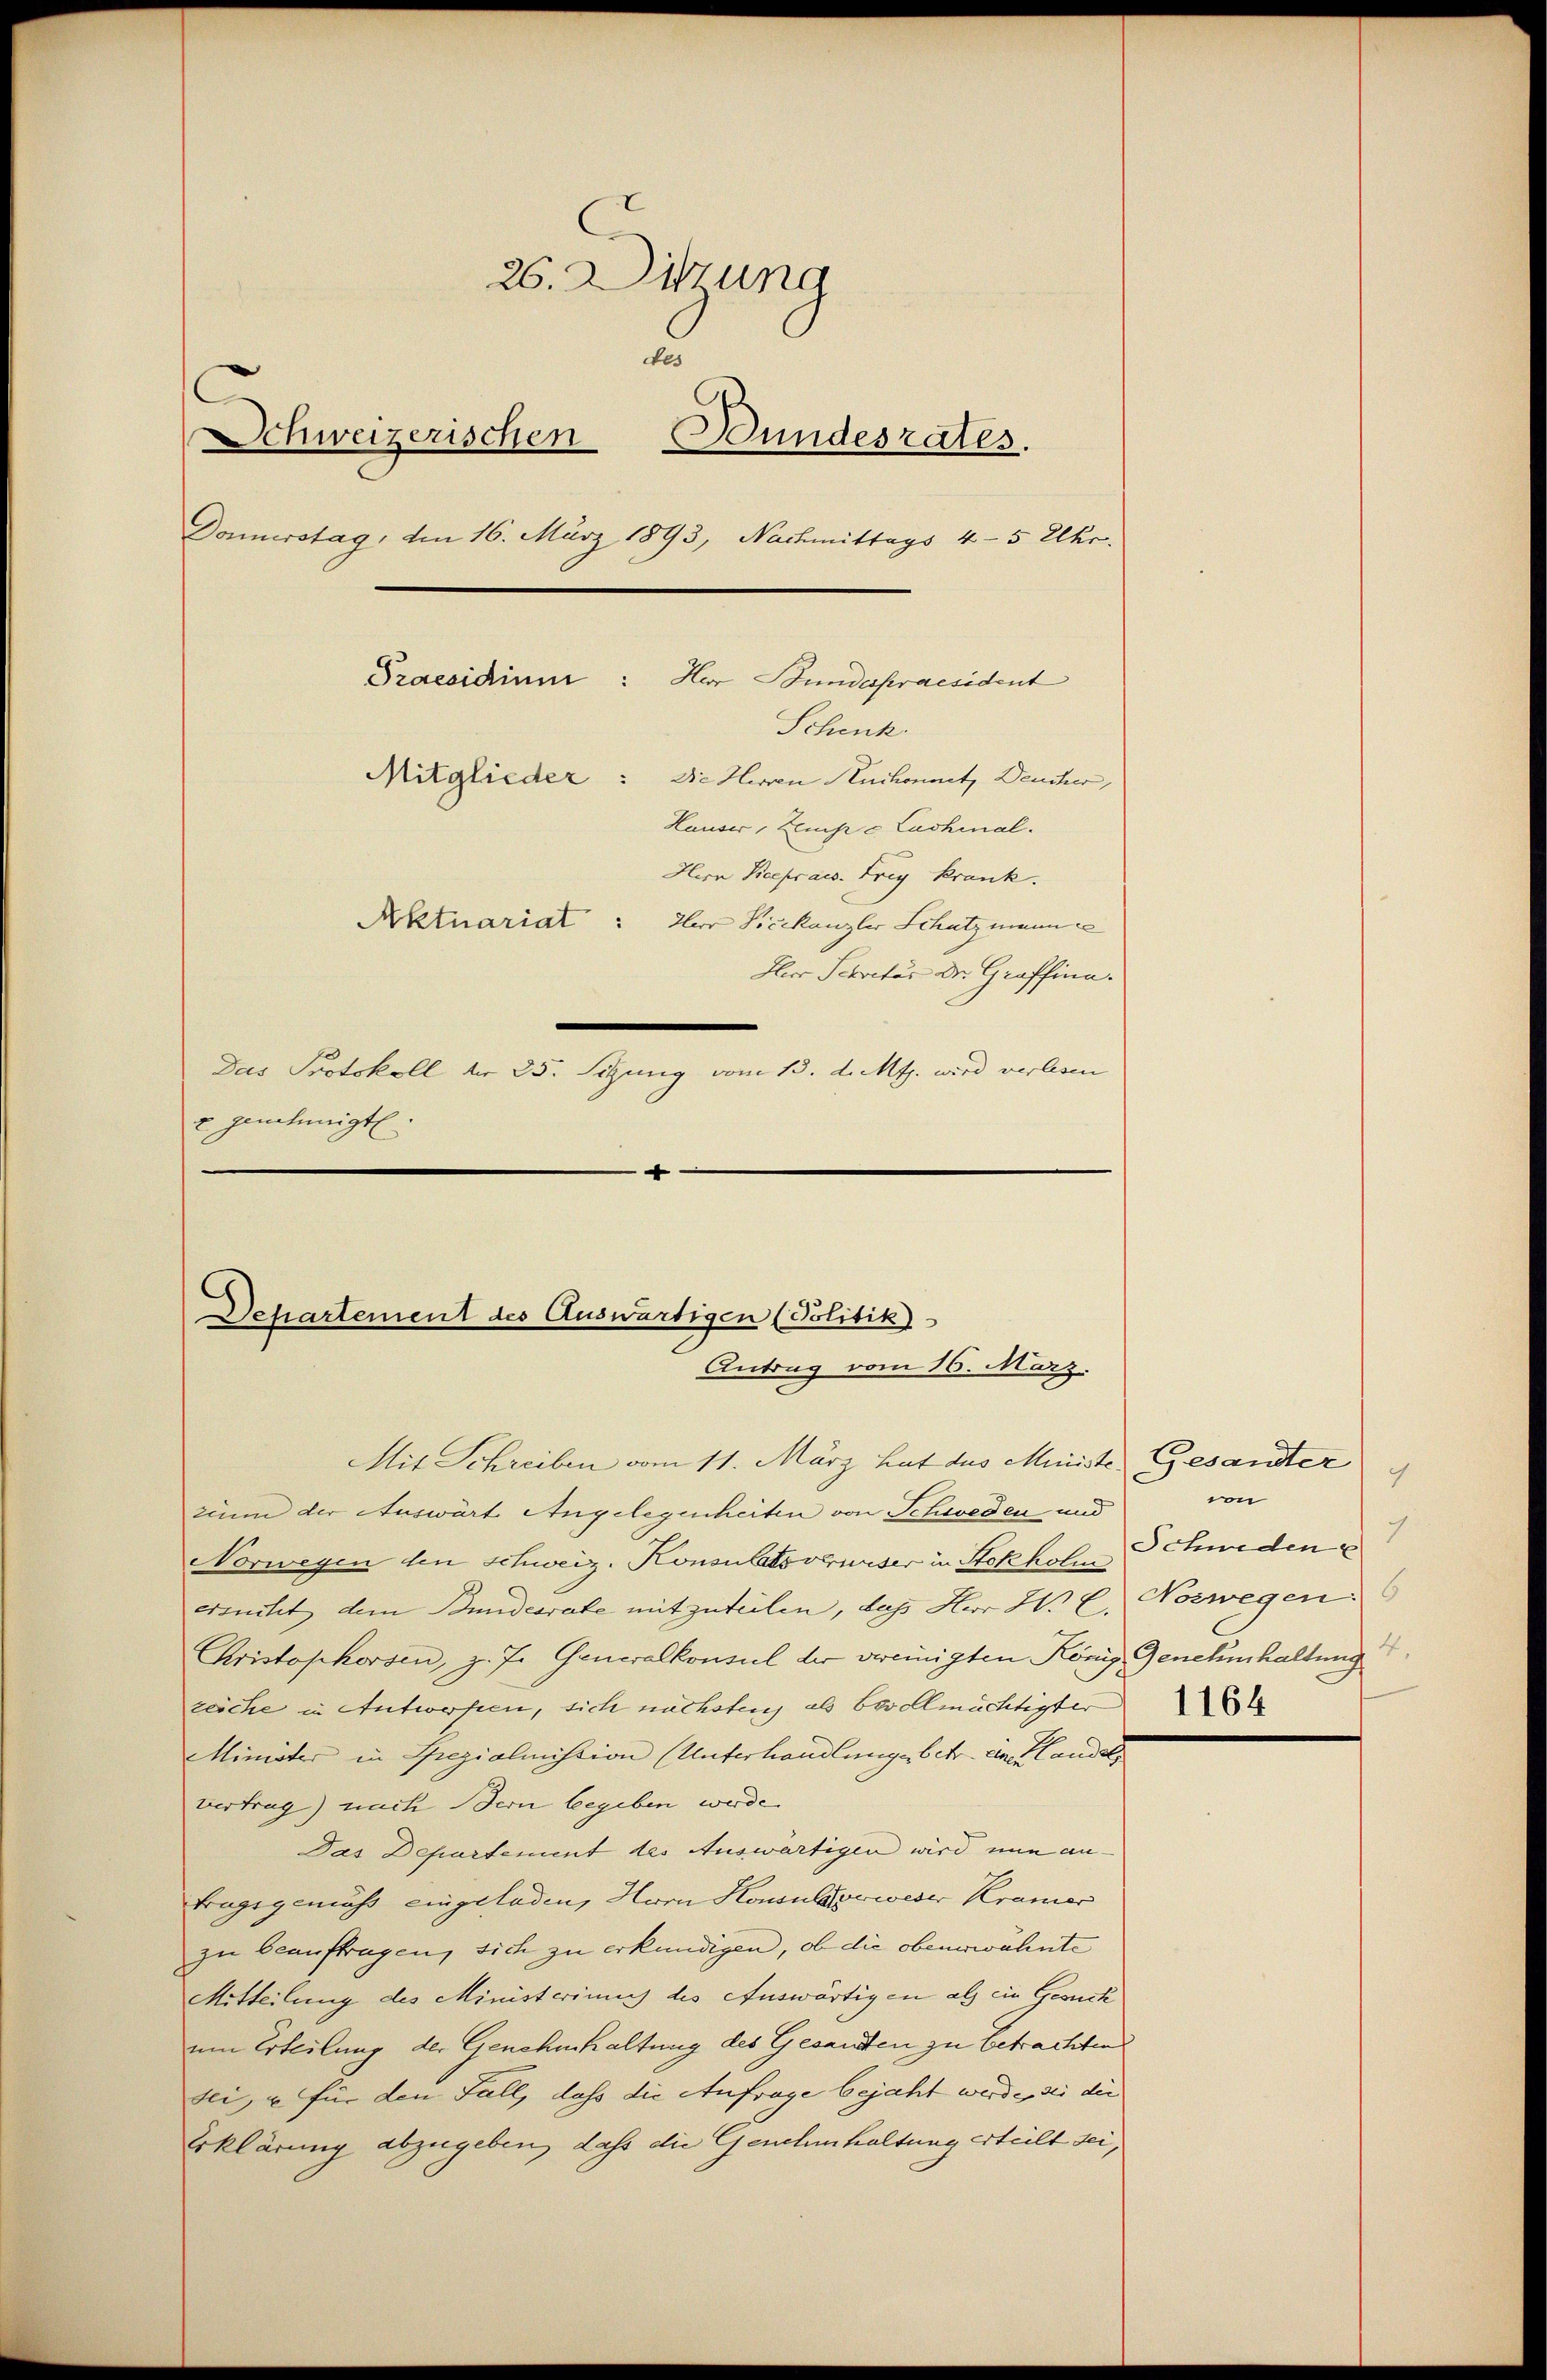
26. Ditzung
des
Schweizerischen Bundesrates.
Donnerstag, den 16. März 1893, Nachmittags 4-5 Uhr.
Praesidium: Her Bundespraesident
Schenk.
Mitglieder: Die Herren Ruchonnet, Deucher,
Hauser, Zeiche Lachinal.
Herr Vicepraes. Frey Krank.
Aktuariat der Vicekanzler Schutzmann
Herr Schractus Dr. Graffina.
e
Das Protokoll der 35. Sitzung vom 13. d. Mts. wird verlesen
x genehmigt
-

Departement des Auswärtigen (Politik)
Antrag vom 16. März.

Mit Schreiben vom 11. März hat des Ministe Gesandter
zium der Auswärt Angelegenheiten von Schweden und
Norwegen den Schweiz. Konsulatsverwieser in Stokholm
ersucht dem Bundesrate mitzuteilen, das Herr H. C. Norwegen
Christophorsen, z. J. Generalkonsul der vereinigten König Genehmhaltung
zeiche in Antworfen, sich nächstenz als bevollmächtigter
Minister in Spezialmistion (Unterhandlung betr. Entlandels
vertrag) nach Bern begeben werde.
Das Departement des Auswärtigen wird nun antragsgemus eingeladen, Herrn Konsularweser Kramer
zu beauftragen, sich zu erkundigen, ob die obenerwähnte
Mitteilung des Ministeriums des Auswärtigen als ein Gesuch
um Erteilung der Genehmhaltung des Gesandten zu betrachten
sei, u für den Fall, dass die Anfrage bejaht werde, die die
Erklärung abzugeben, dass die Genehmhaltung erteilt sei,

c
von
Schweden
4.
1164